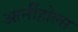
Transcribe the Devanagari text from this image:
आर्नीहोल्स